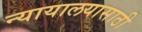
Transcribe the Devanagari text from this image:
न्यायालयासाठी